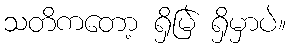
သတိကတော့ ရှိမြဲ ရှိမှာပဲ။